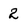
Character: 2